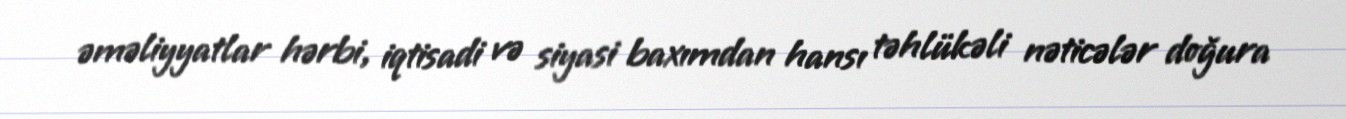
əməliyyatlar hərbi, iqtisadi və siyasi baxımdan hansı təhlükəli nəticələr doğura